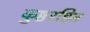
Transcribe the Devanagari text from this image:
कुष्ठरहित